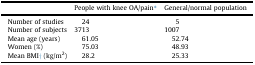
<table><thead><tr><td></td><td><b>People with knee OA/pain∗</b></td><td><b>General/normal population</b></td></tr></thead><tbody><tr><td>Number of studies</td><td>24</td><td>5</td></tr><tr><td>Number of subjects</td><td>3713</td><td>1007</td></tr><tr><td>Mean age (years)</td><td>61.05</td><td>52.74</td></tr><tr><td>Women (%)</td><td>75.03</td><td>48.93</td></tr><tr><td>Mean BMI† (kg/m<sup>2</sup>)</td><td>28.2</td><td>25.33</td></tr></tbody></table>